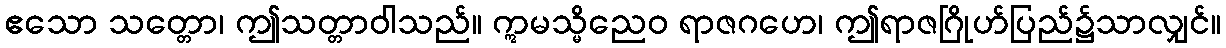
ဧသော သတ္တော၊ ဤသတ္တာဝါသည်။ ဣမသ္မိညေဝ ရာဇဂဟေ၊ ဤရာဇဂြိုဟ်ပြည်၌သာလျှင်။